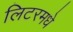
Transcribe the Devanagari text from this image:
लिटरमधे